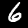
Digit: 6